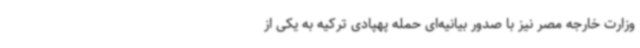
وزارت خارجه مصر نیز با صدور بیانیه‌ای حمله پهپادی ترکیه به یکی از